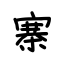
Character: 寨